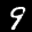
Label: 9